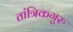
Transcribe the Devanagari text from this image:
तांत्रिकगुरु